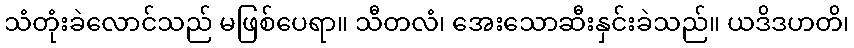
သံတုံးခဲလောင်သည် မဖြစ်ပေရာ။ သီတလံ၊ အေးသောဆီးနှင်းခဲသည်။ ယဒိဒဟတိ၊